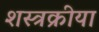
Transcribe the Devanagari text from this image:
शस्त्रक्रीया